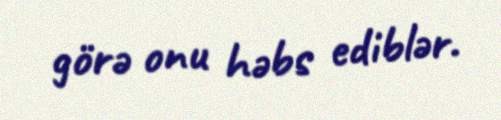
görə onu həbs ediblər.